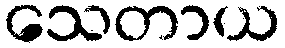
သေတာယ